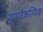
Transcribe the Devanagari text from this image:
युग्मवैकल्पिक